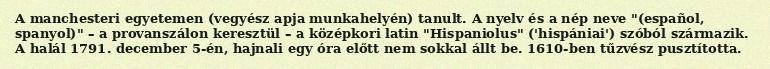
A manchesteri egyetemen (vegyész apja munkahelyén) tanult. A nyelv és a nép neve "(español, spanyol)" – a provanszálon keresztül – a középkori latin "Hispaniolus" ('hispániai') szóból származik. A halál 1791. december 5-én, hajnali egy óra előtt nem sokkal állt be. 1610-ben tűzvész pusztította.